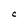
Character: C